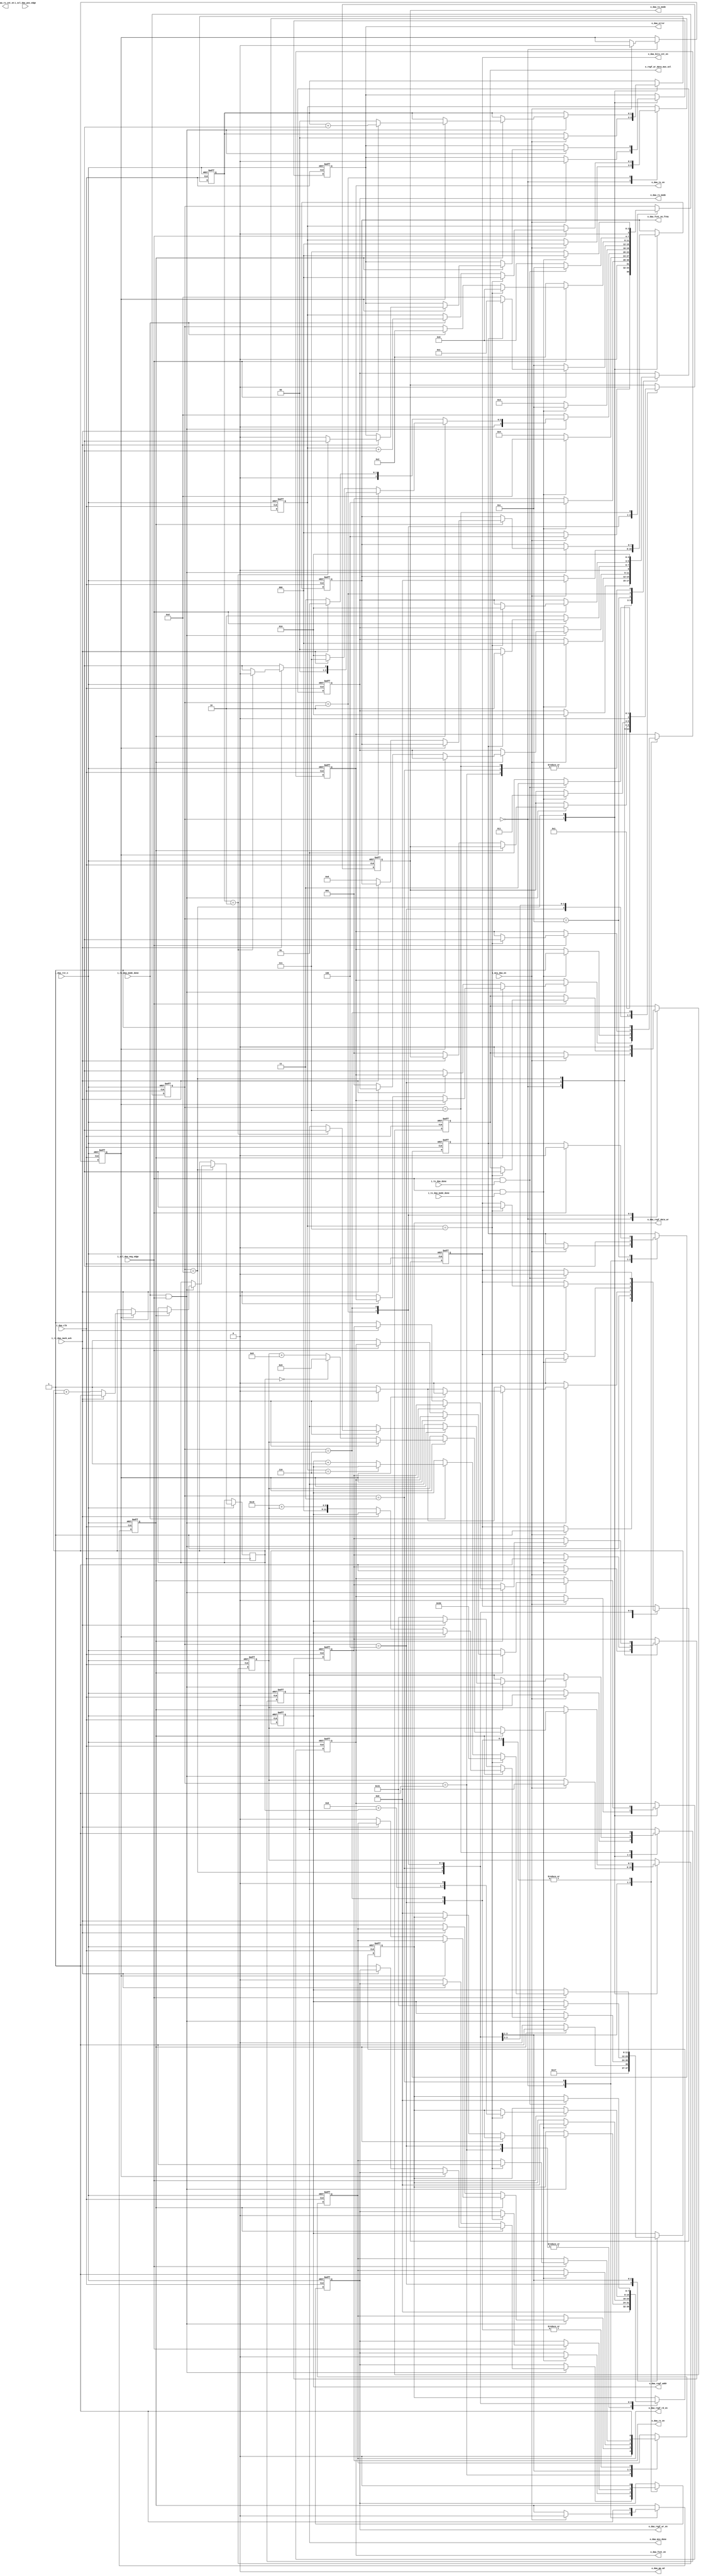
////////////////////////////////////////////////////////////////////////////////////
//==================================================================================
// MIXEL GP 2023 LIBRARY
// Copyright (c) 2023 Mixel, Inc.  All Rights Reserved.
// CONFIDENTIAL AND PROPRIETARY SOFTWARE/DATA OF MIXEL and ASU 2023 GP, INC.
//
// Revision: 
//
// Version : 1.0
// 
// Design Name:  i3c_controller
// Module Name:  dynamic_address_assignment
//
//==================================================================================
//
//  STATEMENT OF USE
//
//  This information contains confidential and proprietary information of MIXEL.
//  No part of this information may be reproduced, transmitted, transcribed,
//  stored in a retrieval system, or translated into any human or computer
//  language, in any form or by any means, electronic, mechanical, magnetic,
//  optical, chemical, manual, or otherwise, without the prior written permission
//  of MIXEL.  This information was prepared for Garduation Project purpose and is for
//  use by MIXEL Engineers only.  MIXEL and ASU 2023 GP reserves the right 
//  to make changes in the information at any time and without notice.
//
//==================================================================================
////////////////////////////////////////////////////////////////////////////////////


`default_nettype none
module dynamic_address_assignment (
    input  wire          i_daa_clk                    ,
    input  wire          i_daa_rst_n                  ,
    input  wire          i_mcu_daa_en                 , // enable from main ctrl unit 
    input  wire          i_scl_daa_pos_edge           , // SCL POS EDGE
    input  wire          i_scl_daa_neg_edge           , // SCL NEG EDGE
    input  wire          i_tx_daa_mode_done           , // TX MODE DONE
    input  wire          i_tx_daa_done                , // TX MODE DONE IN CASE OF 7-bit SERIALIZING  
    input  wire          i_rx_daa_mode_done           , // RX MODE DONE
    input  wire          i_rx_daa_nack_ack            , // 1:NACK      , 0: ACK
    output wire          o_daa_pp_od                  , // 1: pushpull , 0: opendrain
    output reg           o_daa_regf_rd_en             , // Reg_file read enable
    output reg           o_daa_regf_wr_en             , // Reg_file write enable
    output reg  [7:0]    o_daa_regf_data_wr           , // Reg_file data write
    output reg  [11:0]    o_daa_regf_addr              , // Reg_file Address
    output reg  [2:0]    o_daa_tx_mode                , // TX configuration
    output reg           o_daa_tx_en                  , // TX enable
    output reg  [2:0]    o_daa_rx_mode                , // RX configuration 
    output reg           o_daa_rx_en                  , // RX enable
    output reg           o_daa_fcnt_en                , // Frame Counter Enable
    output reg  [7:0]    o_daa_fcnt_no_frms           , // No of frames to Frame counter
    output reg           o_daa_bits_cnt_en            , // Bits Counter Enable
    output reg           o_daa_rx_cnt_en              , // bits counter rx enable in case of read data
    output reg           o_daa_error                  , // error management procedure
    output reg           o_regf_wr_data_mux_sel       , // MUX SELECTOR FOR REGFILE DATA WRITE
    output reg           o_daa_mcu_done              ); // procedure done

//---------------------------------- states encoding in gray ----------------------------------------------
localparam DAA_IDLE                     = 4'b0000 ; // 0
localparam START                        = 4'b0001 ; // 1
localparam ENTDAA                       = 4'b0011 ; // 3
localparam READ_DATA                    = 4'b0010 ; // 2
localparam DAA                          = 4'b0110 ; // 6
localparam FINISH                       = 4'b0111 ; // 7
localparam BROADCAST                    = 4'b0100 ; // 4
localparam PARITY                       = 4'b1100 ; // C
localparam ACK                          = 4'b1101 ; // D

//---------------------------------- Paramaters needed ----------------------------------------------------

localparam first_address                = 7'h08   ;
localparam base_address_of_regf         =  'd200  ;

//---------------------------------- Assign Statements ----------------------------------------------------

assign o_daa_pp_od = 1'b0        ; // dynamic address assignment procedure is always opendrain // must be registered

//---------------------------------- INTERNAL WIRES -------------------------------------------------------

reg [3:0] state                  ;
reg [2:0] frames_count           ; // incrementing by 1 with each mode done in case of READ_DATA (DESERIALIZING) 
reg [5:0] addresses_count        ; // used in address assignment to increment the assigned address  
reg [7:0] target_offset          ; // to calculate regf address pointer
reg [1:0] nacks_counter          ; // to determine how many nacks by the target
reg       par_to_ack             ; //PARITY TO ACKNOWLEDGE INDICATOR, NOT BROADCAST READ TO ACK
reg       ccc_to_par             ; // CCC TO PAR INDICATOR, NOT DATA TO PARITY
reg       daa_mode               ; //ENTDAA IS SENT // any start after is a REPEATED START, and any broadcast is READ.

//---------------------------------- DAA MAIN FSM  --------------------------------------------------------

always @(posedge i_daa_clk or negedge i_daa_rst_n)
    begin: daa_mode_fsm
        
        if (!i_daa_rst_n)
            begin
                state                   <= DAA_IDLE; //idle state after reset  
                target_offset           <= 8'b0;
                nacks_counter           <= 2'b0; 
                frames_count            <= 3'b0;
                par_to_ack              <= 1'b0;
                ccc_to_par              <= 1'b0;
                daa_mode                <= 1'b0;
                o_daa_regf_rd_en        <= 1'b0;  
                o_daa_regf_wr_en        <= 1'b0;
                o_daa_regf_data_wr      <= 8'b0;
                o_daa_regf_addr         <= 10'b0;
                o_daa_tx_mode           <= 3'b0;
                o_daa_tx_en             <= 1'b0;
                o_daa_mcu_done          <= 1'b0;
                o_daa_rx_en             <= 1'b0;
                o_daa_rx_mode           <= 2'b00;
                o_daa_fcnt_en           <= 1'b0;
                o_daa_fcnt_no_frms      <= 8'b0;
                o_daa_bits_cnt_en       <= 1'b0;
                o_daa_error             <= 1'b0;
                o_regf_wr_data_mux_sel  <= 1'b0; 
            end          
        else
            begin
                case(state)
                    DAA_IDLE:
                        begin                        
                          if (i_mcu_daa_en)
                            begin
                              state <= BROADCAST;
                              target_offset           <= 8'b0;
                              nacks_counter           <= 2'b0; 
                              frames_count            <= 3'b0;
                              par_to_ack              <= 1'b0;
                              ccc_to_par              <= 1'b0;
                              daa_mode                <= 1'b0;
                              o_daa_mcu_done          <= 1'b0;
                              o_daa_rx_en             <= 1'b1;
                              o_daa_rx_mode           <= 2'b10;
                              o_daa_fcnt_en           <= 1'b0;
                              o_daa_fcnt_no_frms      <= 8'b0;
                              o_daa_bits_cnt_en       <= 1'b0;
                              o_daa_error             <= 1'b0;
                              o_regf_wr_data_mux_sel  <= 1'b0; 
                              o_daa_bits_cnt_en       <= 1'b1;
                            end
                          else
                            begin
                              state <= DAA_IDLE;
                            end                               
                        end
                    START:
                        begin

                            o_daa_rx_mode           <= 2'b10;   // 2024



                            o_daa_regf_rd_en        <= 1'b0;
                            o_daa_regf_wr_en        <= 1'b0;
                            o_daa_regf_data_wr      <= 8'b0;
                            o_daa_tx_mode           <= 3'b000;
                            o_daa_tx_en             <= 1'b1;    
                            if (i_scl_daa_neg_edge && i_tx_daa_mode_done)
                              begin
                                state <= BROADCAST;
                              end
                            else
                              begin
                                state <= START;
                              end                               
                        end
                    BROADCAST:
                        begin
                            //SERIALIZING DONE. NEXT STATE LOGIC
                            if (i_scl_daa_neg_edge && i_tx_daa_mode_done) 
                                begin
                                  state <= ACK; 
                                  o_daa_tx_en             <= 1'b0;
                                  o_daa_rx_en             <= 1'b1;
                                  o_daa_rx_mode           <= 2'b00;  // 2024 : wdy el RX le ACK state
                                end
                            else
                                begin
                                  state <= BROADCAST;
                                end 
                            // CHOOSING WHICH BROADCAST TO SERIALIZE. OUTPUT LOGIC     
                            if(daa_mode) 
                                begin
                                    o_daa_regf_rd_en        <= 1'b1; 
                                    o_daa_regf_wr_en        <= 1'b0; 
                                    o_daa_regf_data_wr      <= 8'b0; 
                                    o_daa_regf_addr         <= 10'b0000101111; // 47 decimal 
                                    o_daa_tx_mode           <= 3'b001;
                                    o_daa_tx_en             <= 1'b1;   
                                    o_daa_bits_cnt_en       <= 1'b1;                              
                                end
                            else
                                begin
                                    o_daa_regf_rd_en        <= 1'b1; 
                                    o_daa_regf_wr_en        <= 1'b0; 
                                    o_daa_regf_data_wr      <= 8'b0; 
                                    o_daa_regf_addr         <= 10'b0000101110; //46 decimal 
                                    o_daa_tx_mode           <= 3'b001;
                                    o_daa_tx_en             <= 1'b1;
                                    o_daa_bits_cnt_en       <= 1'b1; 
                                end                                                      
                        end 
                    ACK: //REVISE CODE APPROACH
                        begin
                        o_daa_bits_cnt_en       <= 1'b0;
                            //STATE TRANSITION CONDITION
                            if(i_rx_daa_mode_done && i_scl_daa_neg_edge)
                                begin
                                    // ACKNOWLEDGE INSIDE DAA MODE (WITHOUT HANDOFF)
                                    if(daa_mode)
                                        begin
                                            // ACKNOWLEDGE AFTER PARITY
                                            if(par_to_ack)
                                                begin                
                                                    if(i_rx_daa_nack_ack) //NACK AFTER PARITY OF ASSIGNED ADDRESS ----------- 2024 note : 1 for NACK 0 for ACK
                                                        begin
                                                            nacks_counter      <= nacks_counter + 1'b1;
                                                            if(nacks_counter == 2'b10)
                                                                begin
                                                                    o_daa_error <= 1'b1;
                                                                    o_daa_mcu_done <= 1'b1;
                                                                    state <= DAA_IDLE;    
                                                                end
                                                            else
                                                                begin
                                                                    o_daa_error <= 1'b0;
                                                                    state <= START;                                                                 
                                                                end                                                            
                                                        end  
                                                    else //ACK AFTER PARITY OF ASSIGNED ADDRESS
                                                        begin
                                                            nacks_counter <= 2'b0; 
                                                            state <= START;
                                                            // Logic to calculate target offset that determines the regf pointer
                                                            if(addresses_count == 6'b0)
                                                                begin    
                                                                    target_offset           <= 'd9;
                                                                    addresses_count         <= addresses_count + 1;
                                                                end
                                                            else
                                                                begin
                                                                    target_offset           <= target_offset + 'd9;
                                                                    addresses_count         <= addresses_count + 1;
                                                                end    
                                                        end                                                 
                                                end
                                            // ACKNOWLEDGE AFTER BROADCAST READ    
                                            else
                                                begin
                                                    if(!i_rx_daa_nack_ack) //ACK AFTER BROADCAST READ
                                                        begin
                                                            state <= READ_DATA;
                                                            o_daa_regf_rd_en        <= 1'b0; 
                                                            o_daa_regf_wr_en        <= 1'b1; 
                                                            o_daa_regf_addr         <= base_address_of_regf + target_offset; 
                                                            o_daa_tx_en             <= 1'b0;    
                                                            o_daa_rx_mode           <= 2'b01;                                                                               
                                                            o_daa_rx_en             <= 1'b1;
                                                            o_daa_fcnt_en           <= 1'b1;
                                                            o_daa_fcnt_no_frms      <= 8'b1000;
                                                            o_daa_bits_cnt_en       <= 1'b1;
                                                        end   
                                                    else //NACK AFTER BROADCAST READ
                                                        begin
                                                            state <= FINISH;
                                                        end
                                                end
                                        end
                                    // ACKNOWLEDGE OUTSIDE DAA MDOE, AFTER BROADCAST WRITE (WITH HANDOFF)   
                                    else
                                        begin
                                            if (!i_rx_daa_nack_ack) //IF ACK, NEXT STATE IS ENTDAA
                                                begin
                                                    state <= ENTDAA;
                                                    o_daa_regf_rd_en        <= 1'b1; 
                                                    o_daa_regf_wr_en        <= 1'b0; 
                                                    o_daa_regf_data_wr      <= 8'b0; 
                                                    o_daa_regf_addr         <=  'd49; 
                                                    o_daa_tx_mode           <= 3'b001;
                                                    o_daa_tx_en             <= 1'b1;
                                                    o_daa_bits_cnt_en       <= 1'b1;                                  
                                                end
                                          else                    //IF NACK, SEND REPEATED START THEN 7E AGAIN
                                            begin
                                              state <= START;
                                            end
                                        end
                                end
                            //NO STATE TRANSITION     
                            else
                                begin
                                    state <= ACK;
                                end
                        end    
                    ENTDAA:
                        begin

                                                         o_daa_rx_mode           <= 2'b10;  // 2024 : rx must stay in arbitration mode in every single transmitting case


                        daa_mode <= 1'b1;
                        ccc_to_par <= 1'b1;                            
                          if (i_scl_daa_neg_edge && i_tx_daa_mode_done)
                            begin



                              state <= PARITY;
                              o_daa_regf_rd_en        <= 1'b1; 
                              o_daa_regf_wr_en        <= 1'b0; 
                              o_daa_regf_data_wr      <= 8'b0; 
                              o_daa_regf_addr         <=  'd49; 
                              o_daa_tx_mode           <= 3'b011; //PARITY
                              o_daa_tx_en             <= 1'b1;  
                              o_daa_bits_cnt_en       <= 1'b0;                                                            
                            end
                          else
                            begin
                              state <= ENTDAA;
                            end                             
                        end
                    PARITY:
                        begin  
                         o_daa_rx_mode           <= 2'b10;  // 2024 : rx must stay in arbitration mode in every single transmitting case                                                 
                          if (i_scl_daa_neg_edge )
                            begin
                                if(ccc_to_par)
                                //PARITY AFTER ENTDAA SO NEXT STATE IS A REPEATED START
                                    begin
                                        state <= START;
                                        ccc_to_par <= 0;
                                    end
                                else
                                //PARITY AFTER ASSIGNED ADDRESS SO NEXT STATE IS ACK 
                                    begin
                                         o_daa_rx_mode           <= 2'b00;  // 2024 : wdy el RX le ACK state
                                        state <= ACK;
                                    end
                            end
                          else
                            begin
                                state <= PARITY;
                            end  
                        end
                     READ_DATA:
                        begin
                            if(i_scl_daa_neg_edge)
                                begin
                                    if (frames_count == 3'b111)
                                        begin
                                                                         o_daa_rx_mode           <= 2'b10;  // 2024 : rx must stay in arbitration mode in every single transmitting case 
                                            state <= DAA;
                                            frames_count <= 0;                         
                                            o_daa_regf_rd_en        <= 1'b1;          
                                            o_daa_regf_wr_en        <= 1'b0;  
                                            o_daa_regf_addr         <= 10'd80  ; // 2024 
                                            o_regf_wr_data_mux_sel  <= 1'b1;       
                                            o_daa_regf_data_wr      <= {first_address + addresses_count , 1'b0};                
                                            o_daa_tx_en             <= 1'b1;
                                            o_daa_bits_cnt_en       <= 1'b1;                                                                                                                       
                                        end                                    
                                    else if(i_rx_daa_mode_done)
                                        begin
                                            if (frames_count == 'd6) begin 
                                            frames_count    <= frames_count    + 1'b1;
                                            state           <= READ_DATA;                                                
                                            end 
                                            else begin 
                                            frames_count    <= frames_count    + 1'b1;
                                            state           <= READ_DATA;
                                            o_daa_regf_addr <= o_daa_regf_addr + 1'b1;
                                            end
                                        end                       
                                end
                            else 
                                begin
                                    state <= READ_DATA;
                                end                                                  
                        end 
                     DAA:
                        begin                        
                            o_daa_regf_rd_en        <= 1'b1;          
                            o_daa_regf_wr_en        <= 1'b0;                        
                            o_daa_tx_mode           <= 3'b001; //SERIALIZING ADDRESS 7 BITS
                            o_daa_tx_en             <= 1'b1;
                            o_regf_wr_data_mux_sel  <= 1'b0;  
                            if(i_scl_daa_neg_edge && i_tx_daa_done)
                                begin

                                    state <= PARITY;
                                    o_daa_regf_rd_en        <= 1'b1; 
                                    o_daa_regf_wr_en        <= 1'b0; 
                                    o_daa_regf_data_wr      <= 8'b0; 
                                    o_daa_tx_mode           <= 3'b011; //PARITY
                                    o_daa_tx_en             <= 1'b1;
                                    o_daa_bits_cnt_en       <= 1'b0;
                                end
                            else
                                begin
                                    state <= DAA;
                                end                                                   
                        end                                                                 
                     FINISH:
                        begin
                            o_daa_rx_mode           <= 2'b10;  // 2024 : rx must stay in arbitration mode in every single transmitting case
                            o_daa_mcu_done <= 1'b1;
                            if(i_scl_daa_neg_edge && i_tx_daa_mode_done)
                                begin
                                    state <= DAA_IDLE;
                                end
                            else
                                begin
                                    state <= FINISH;
                                end                                                   
                        end                                                                                                                                                                                                    
                endcase
            end   
    end    




// THE MUX IS THE REMAINING


endmodule
`default_nettype wire